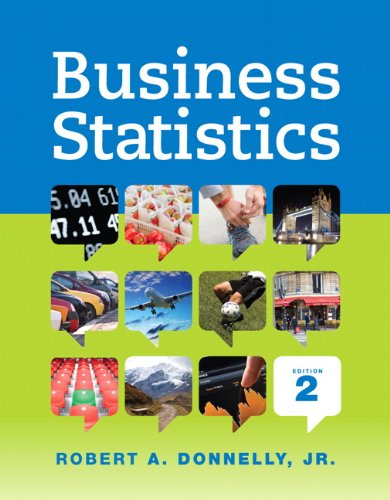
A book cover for Business Statistics (2nd Edition); Robert A. Donnelly; Business & Money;